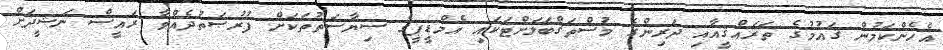
އެހެންކަމުން ޤައުމުގެ ތަރައްޤީއާއި ދަރިންގެ މުސްތަޤްބަލަށްޓަކައި އެމްޑީޕީގެ ސިޔާސަތުތަކަށް ފުރުޞަތުދެއްވާ ރައީސް ނަޝީދަށް